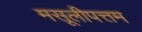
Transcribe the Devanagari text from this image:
मसूलीपत्तम